Vaccination United Provinces of Agra and Oudh 1902-1913 - 1902-1913
Year: 1902
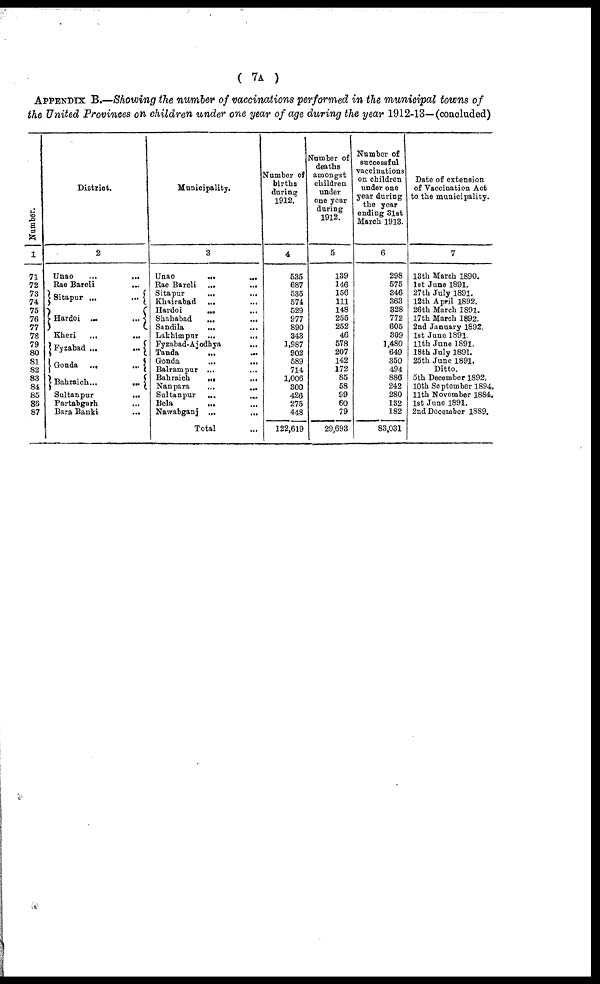
( 7A )
APPENDIX B.—Showing the number of vaccinations performed in the municipal towns of
the United Provinces on children under one year of age during the year 1912-13—(concluded)
Number.
1
71
72
73
74
75
76
77
78
79
80
81
82
83
84
85
86
87
District.
2
Unao
...
...
Rae Bareli ...
Sitapur ...
...
Hardoi ...
...
Kheri ... ...
Fyzabad ...
...
Gonda
...
...
Bahraich...
...
Sultanpur
...
Partabgarh ...
Bara Banki
...
Municipality.
3
Unao
...
...
Rae Bareli ...
...
Sitapur
... ...
Khairabad ... ...
Hardoi
... ...
Shahabad
...
...
Sandila
... ...
Lakhimpur ...
...
Fyzabad-Ajodhya
...
Tanda ... ...
Gonda
...
...
Balrampur ...
Bahraich
...
...
Nanpara
...
...
Sultanpur ... ...
Bela ... ...
Nawabganj ...
...
Total ...
Number of
births
during
1912.
4
535
687
535
574
529
977
890
343
1,987
902
589
714
1,006
300
426
275
448
122,619
Number of
deaths
amongst
children
under
one year
during
1912.
5
139
146
156
111
148
255
252
46
578
207
142
172
85
58
99
60
79
29,693
Number of
successful
vaccinations
on children
under one
year during
the year
ending 31st
March 1913.
6
298
575
346
363
328
772
605
309
1,480
649
350
494
886
242
280
132
182
83,031
Date of extension
of Vaccination Act
to the municipality.
7
13th March 1890.
1st June 1891.
27th July 1891.
12th April 1892.
26th March 1891.
17th March 1892.
2nd January 1892.
1st Juno 1891.
11th June 1891.
18th July 1891.
25th June 1891.
Ditto.
5th December 1892.
10th September 1894.
11th November 1884.
1st June 1891.
2nd December 1889.